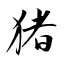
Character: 猪